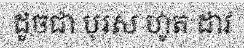
ដូចជា បុរស ហូត ដាវ